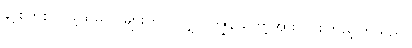
နာ့စ်ဟစ်လ်မြို့ထဲမှ လူများကပင်လျှင် ကျွန် တော့်အား ဝိုင်းကြည့်ကြသည်။